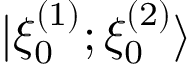
| \xi _ { 0 } ^ { ( 1 ) } ; \xi _ { 0 } ^ { ( 2 ) } \rangle